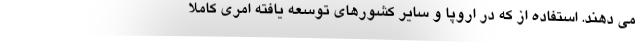
می دهند. استفاده از که در اروپا و سایر کشورهای توسعه یافته امری کاملا